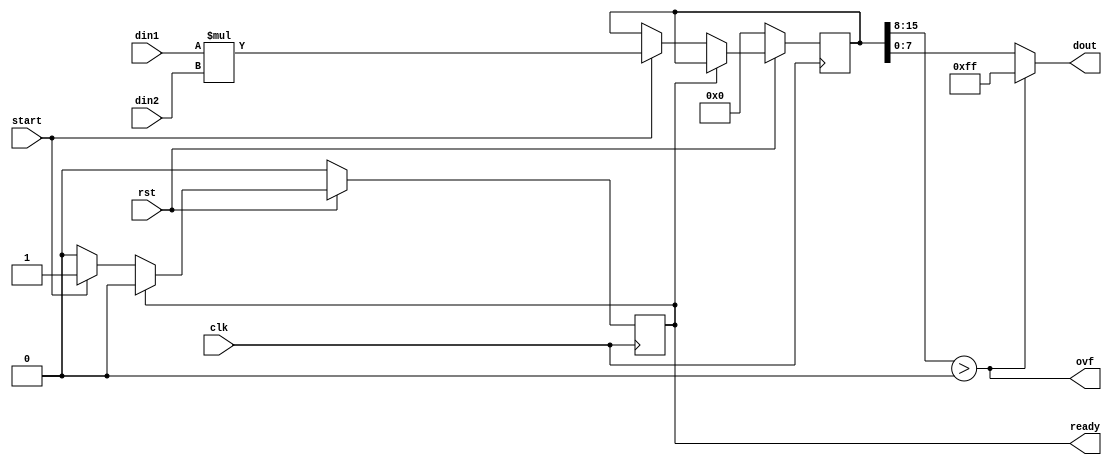
module mult(clk, din1, din2, start, rst, dout, ovf, ready);
  parameter N = 8;
  input clk;
  input [N-1:0] din1;
  input [N-1:0] din2;
  input start;
  input rst;
  output [N-1:0] dout;
  output ovf;
  output reg ready;

  reg [2*N-1:0] result;

  always @(posedge clk) begin
    if (~rst) begin
      result <= 0;
      ready <= 0;
    end
    else if (ready) begin
      ready <= 0;
    end
    else if (start) begin
      result <= din1 * din2;
      ready <= 1;
    end
  end

  // Outputs
  assign ovf = result[2*N-1:N] > 0;
  assign dout = ovf ? {N{1'b1}} : result[N-1:0];

  endmodule